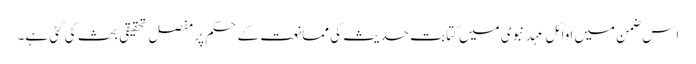
اِس ضمن میں اَوائلِ عہدِ نبوی میں کتابتِ حدیث کی ممانعت کے حکم پر مفصل تحقیقی بحث کی گئی ہے۔